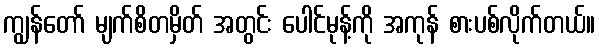
ကျွန်တော် မျက်စိတမှိတ် အတွင်း ပေါင်မုန့်ကို အကုန် စားပစ်လိုက်တယ်။